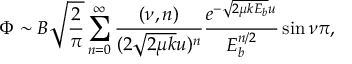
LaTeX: \Phi \sim B \sqrt { \frac { 2 } { \pi } } \sum _ { n = 0 } ^ { \infty } \frac { ( \nu , n ) } { ( 2 \sqrt { 2 \mu k } u ) ^ { n } } \frac { e ^ { - \sqrt { 2 \mu k E _ { b } } u } } { E _ { b } ^ { n / 2 } } \sin { \nu \pi } ,